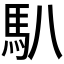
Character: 𩡩